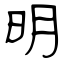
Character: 明